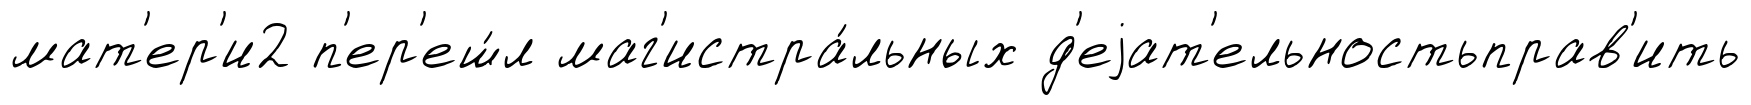
мат'ер'и2 п'ер'еш́л маг'истра́льных д'еjат'ельностьправ'ить